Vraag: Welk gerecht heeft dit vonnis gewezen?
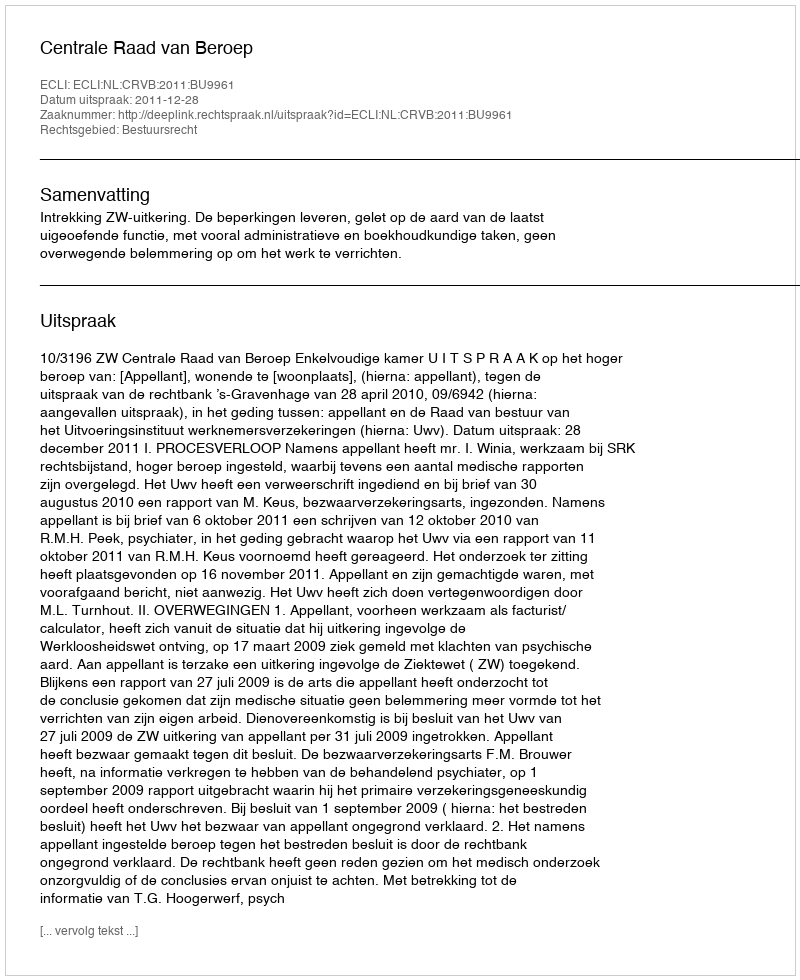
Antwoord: Centrale Raad van Beroep